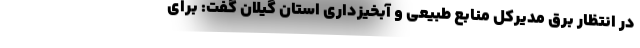
در انتظار برق مدیرکل منابع طبیعی و آبخیزداری استان گیلان گفت: برای